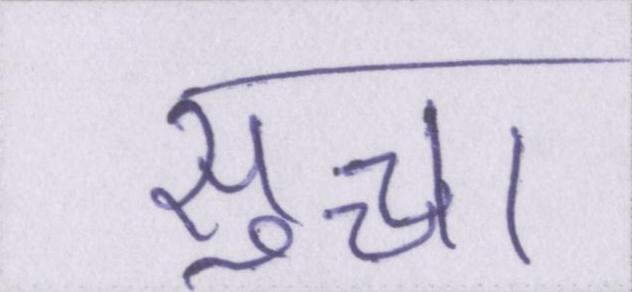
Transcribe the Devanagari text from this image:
सुच्चा